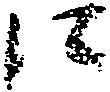
に